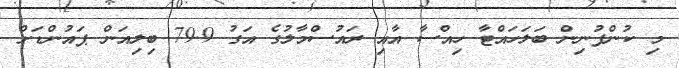
މި ކުންފުނިން ބަލަހައްޓާ ހިއްސާ އާއި ރައުސްމާލުގެ އަގު 79.9 ބިލިއަން ޕައުންޑަށް